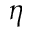
\eta